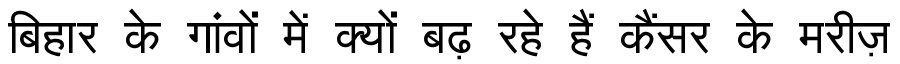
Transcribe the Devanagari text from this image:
बिहार के गांवों में क्यों बढ़ रहे हैं कैंसर के मरीज़